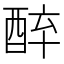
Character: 𨠪